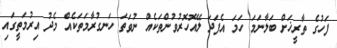
ފަހުގެ ތާރީޚަށް ބަލާނަމަ ހަމަ އެފަދަ ލޭއޮހޮރުވުންތަކެއް ނުވަތަ ހަނގުރާމަތަކެއް މެދު އިރުމަތީގައި